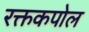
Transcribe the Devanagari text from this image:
रक्तकपोल